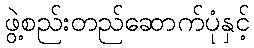
ဖွဲ့စည်းတည်ဆောက်ပုံနှင့်